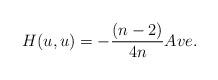
LaTeX: \begin{align*}H(u,u)=-\frac{(n-2)}{4n}Ave.\end{align*}